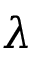
\lambda